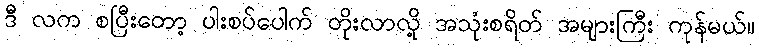
ဒီ လက စပြီးတော့ ပါးစပ်ပေါက် တိုးလာလို့ အသုံးစရိတ် အများကြီး ကုန်မယ်။